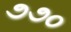
૭૭૦